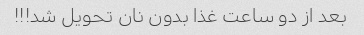
بعد از دو ساعت غذا بدون نان تحویل شد!!!